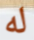
له